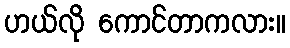
ဟယ်လို ကောင်တာကလား။